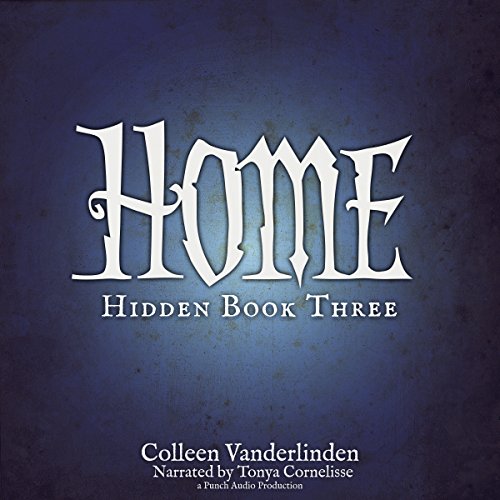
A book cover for Home: Hidden, Book Three; Colleen Vanderlinden; Science Fiction & Fantasy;